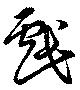
戲